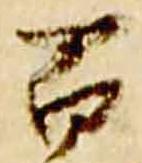
百